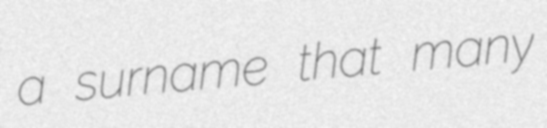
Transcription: a surname that many